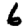
Digit: 6